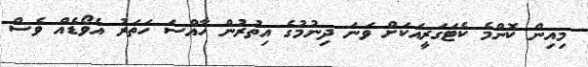
މިއިން ކޮންމެ ކެޓަގަރީއަކަށް ވަނަ ދިނުމުގެ އިތުރުން ހާއްސަ ހަތަރު އެވޯޑެއް ވެސް